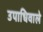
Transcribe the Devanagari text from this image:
उपाधिवाले